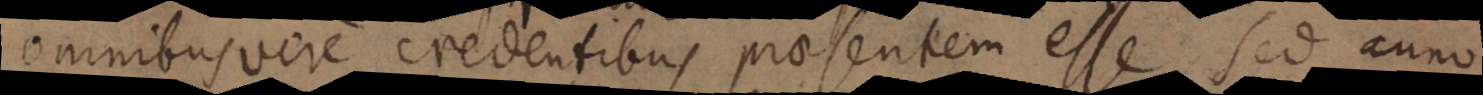
omnibus vere credentibus praesentem esse. Sed anno